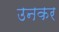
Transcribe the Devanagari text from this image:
उनकर